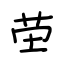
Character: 茔